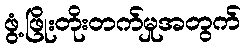
ဖွံ့ဖြိုးတိုးတက်မှုအတွက်